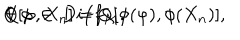
LaTeX: Q [ \varphi , X _ { n } ] = Q [ \phi ( \varphi ) , \phi ( X _ { n } ) ] , \hspace { 2 c m } \forall \ \phi \, \in \, D i f f _ { \cal M } .